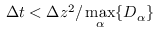
\Delta t < \Delta z ^ { 2 } / \operatorname* { m a x } _ { \alpha } \{ D _ { \alpha } \}